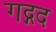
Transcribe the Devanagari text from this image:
गद्गद